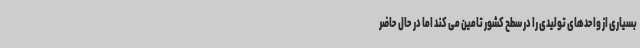
بسیاری از واحدهای تولیدی را در سطح کشور تامین می کند اما در حال حاضر